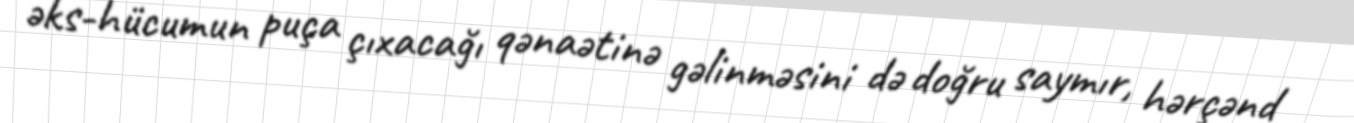
əks-hücumun puça çıxacağı qənaətinə gəlinməsini də doğru saymır, hərçənd